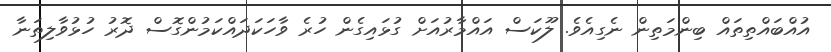
އުއްބައްތިތައް ބިންމަތިން ނެގިއެވެ. ލޫކަސް އައްމާރުއަށް ގުޅައިގެން ހުރެ ވާހަކަދައްކަމުންގޮސް ދޮރު ހުޅުވާލިތަނާ